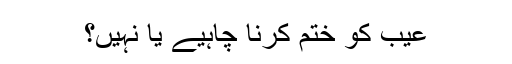
عیب کو ختم کرنا چاہیے یا نہیں؟